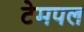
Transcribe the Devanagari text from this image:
टेमपल